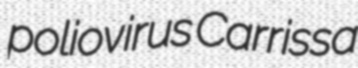
poliovirus Carrissa